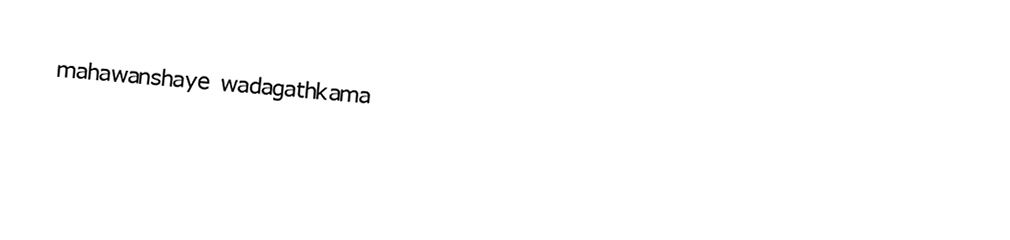
mahawanshaye wadagathkama